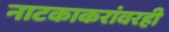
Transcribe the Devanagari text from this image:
नाटकाकरांवरही